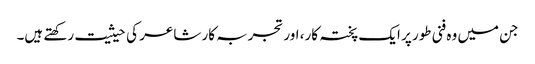
جن میں وہ فنی طور پر ایک پختہ کار، اور تجربہ کار شاعر کی حیثیت رکھتے ہیں۔